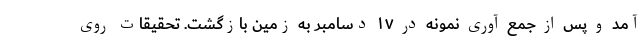
آمد و پس از جمع آوری نمونه در ۱۷ دسامبر به زمین بازگشت. تحقیقات روی